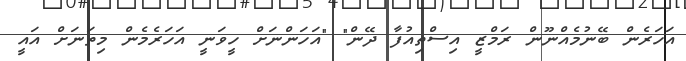
އަހަރެން ބޭނުމެއްނޫން ރަމްޒީ އިސްތިއުފާ ދޭން" "އަހަންނަށް ހީވަނީ އަހަރެމެން މިތަނަށް އައީ